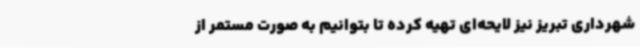
شهرداری تبریز نیز لایحه‌ای تهیه کرده تا بتوانیم به صورت مستمر از